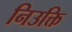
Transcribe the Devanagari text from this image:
निउक्ति